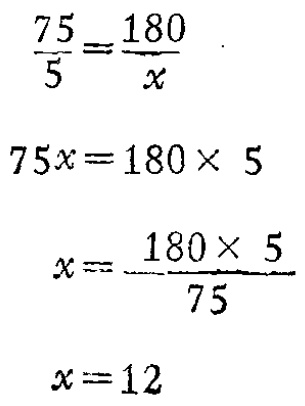
\[\begin{align*}
\frac{75}{5}&=\frac{180}{x}\\
75x&=180\times 5\\
x&=\frac{180\times 5}{75}\\
x&=12
\end{align*}\]